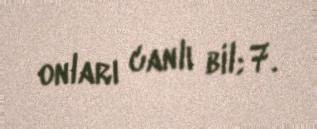
onları canlı bil; 7.